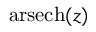
\operatorname { a r s e c h } ( z )